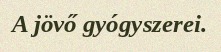
A jövő gyógyszerei.